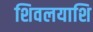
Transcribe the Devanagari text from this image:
शिवलयाशि